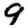
Digit: 9